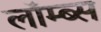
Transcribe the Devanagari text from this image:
लॉम्ब्स